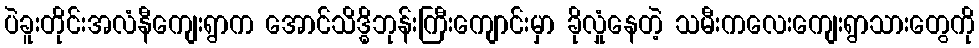
ပဲခူးတိုင်းအလံနီကျေးရွာက အောင်သိဒ္ဓိဘုန်းကြီးကျောင်းမှာ ခိုလှုံနေတဲ့ သမီးကလေးကျေးရွာသားတွေကို